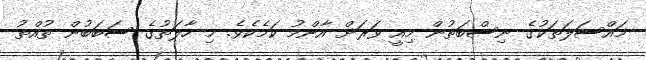
މައްސަލަތަކުގެ ނިސްބަތުން މިއީ ވަރަށް އާންމު ކަމެކެވެ. މި ހާލަތުގެ ސަބަބުން ތުއްތު